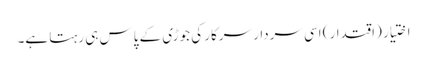
اختیار (اقتدار) اسی سردار سرکار کی جوڑی کے پاس ہی رہتا ہے۔